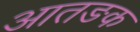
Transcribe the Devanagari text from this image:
आतङक